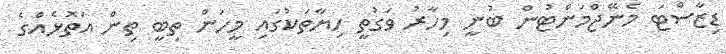
ޑިޒާސްޓަ މެނޭޖްމަންޓުން ބުނީ މިހާރު ވަގުތީ ހިޔާތަކުގައި މީހުން ތިބީ ތިން އަތޮޅެއްގެ